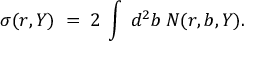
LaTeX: \sigma ( r , Y ) \; = \; 2 \: \int \: d ^ { 2 } b \: N ( r , b , Y ) .